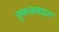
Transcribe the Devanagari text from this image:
तुमच्याबद्दल